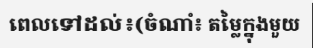
ពេលទៅដល់៖(ចំណាំ៖ តម្លៃក្នុងមួយ